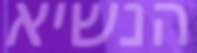
הנשיא